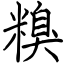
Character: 糗